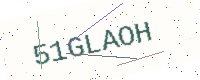
Text: 51GLAOH